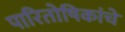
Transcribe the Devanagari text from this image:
पारितोषिकांचे